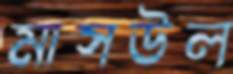
মাসউল